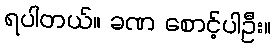
ရပါတယ်။ ခဏ စောင့်ပါဦး။